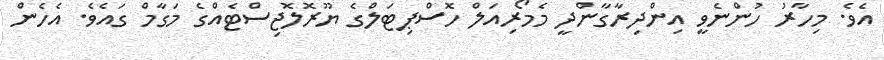
އެވެ. މިހާރު ހުންނެވީ އިންދިރާގާންދީ މެމޯރިއަލް ހޮސްޕިޓަލްގެ ޔޫރޮލޮޖިސްޓެއްގެ މަގާމް ގައެވެ. އެހެން